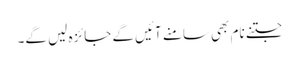
جتنے نام بھی سامنے آئیں گے جائزہ لیں گے۔